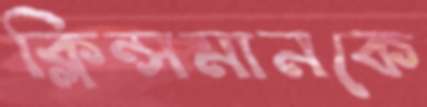
ক্লিন্সমানকে